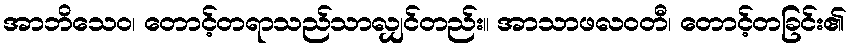
အာဘိသေဝ၊ တောင့်တရာသည်သာလျှင်တည်း။ အာသာဖလဝတီ၊ တောင့်တခြင်း၏